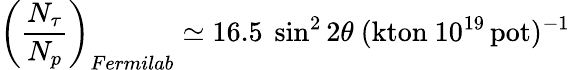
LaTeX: \left({\frac{N_{\tau}}{N_{p}}}\right)_{Fermilab}\simeq 16.5~\sin^{2}2\theta~(\mathrm{kton}~10^{19}\, \mathrm{pot})^{-1}